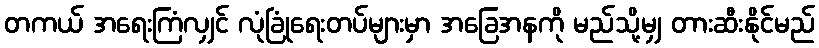
တကယ် အရေးကြံလျှင် လုံခြုံရေးတပ်များမှာ အခြေအနကို မည်သို့မျှ တားဆီးနိုင်မည်